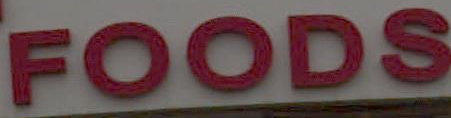
FOODS